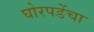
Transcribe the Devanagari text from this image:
घोरपडेंचा